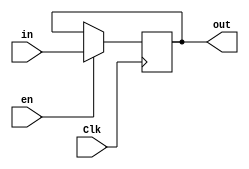
`timescale 1ns / 1ps
//////////////////////////////////////////////////////////////////////////////////
// Company: 
// Engineer: 
// 
// Design Name: 
// Module Name:    ShiftLeft26 
// Project Name: 
// Target Devices: 
//
//////////////////////////////////////////////////////////////////////////////////
module Register32bitsconEn(Clk, in, en, out);

	input [31:0]in;
	input Clk;
	input en;
	output reg [31:0]out;
	
	initial begin
		out <= 32'b00000000000000000000000000000000;
	end

	always @ (posedge Clk)
		begin
			if (en)
				out <= in;
		end
		
endmodule